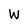
Character: W